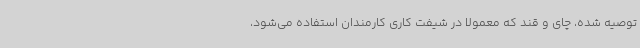
توصیه شده، چای و قند که معمولا در شیفت کاری کارمندان استفاده می‌شود،